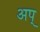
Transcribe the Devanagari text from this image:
अप्‌